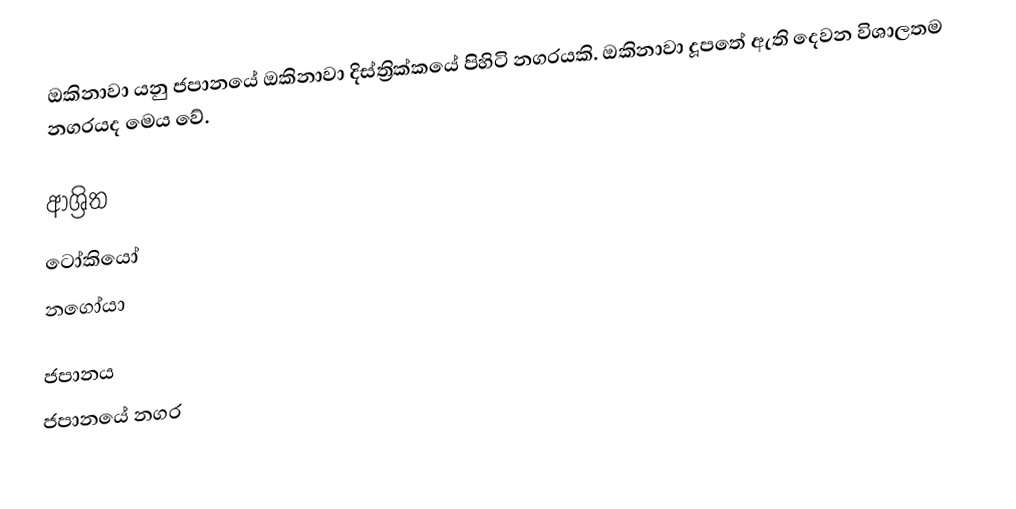
ඔකිනාවා යනු ජපානයේ ඔකිනාවා දිස්ත්‍රික්කයේ පිහිටි නගරයකි. ඔකිනාවා දූපතේ ඇති දෙවන විශාලතම නගරයද මෙය වේ.

ආශ්‍රිත
 ටෝකියෝ
 නගෝයා

ජපානය
ජපානයේ නගර